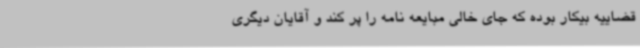
قضاییه بیکار بوده که جای خالی مبایعه نامه را پر کند و آقایان دیگری